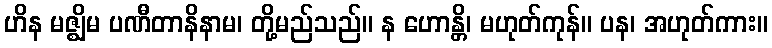
ဟိန မဇ္ဈိမ ပဏီတာနိနာမ၊ တို့မည်သည်။ န ဟောန္တိ၊ မဟုတ်ကုန်။ ပန၊ အဟုတ်ကား။